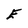
Character: E